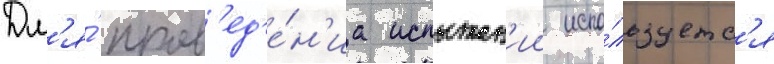
Дл'я́ пров'ед'е́н'иа испытан'ии испо́льзуетс'я